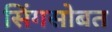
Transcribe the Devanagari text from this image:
सिंगसोबत